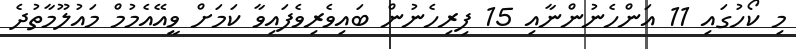
މި ކޯހުގައި 11 އަންހެނުންނާއި 15 ފިރިހެނުން ބައިވެރިވެފައިވާ ކަމަށް ވީއޭއެމުމް މައުލޫމާތުދެ